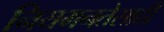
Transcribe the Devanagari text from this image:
नियमनतेसाठी